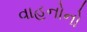
વાહનોનો